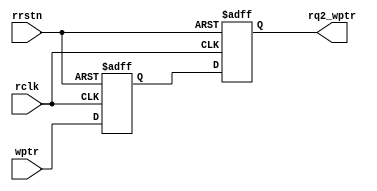
module sync_w2r #(parameter ADDR_SIZE=3)(
input rclk,rrstn,
input [ADDR_SIZE:0] wptr,
output reg [ADDR_SIZE:0] rq2_wptr
);

reg [ADDR_SIZE:0] rq1_wptr;


always@(posedge rclk or negedge rrstn) begin
if(!rrstn) {rq2_wptr,rq1_wptr} <= 0;
else {rq2_wptr,rq1_wptr} <= {rq1_wptr,wptr};
end


endmodule